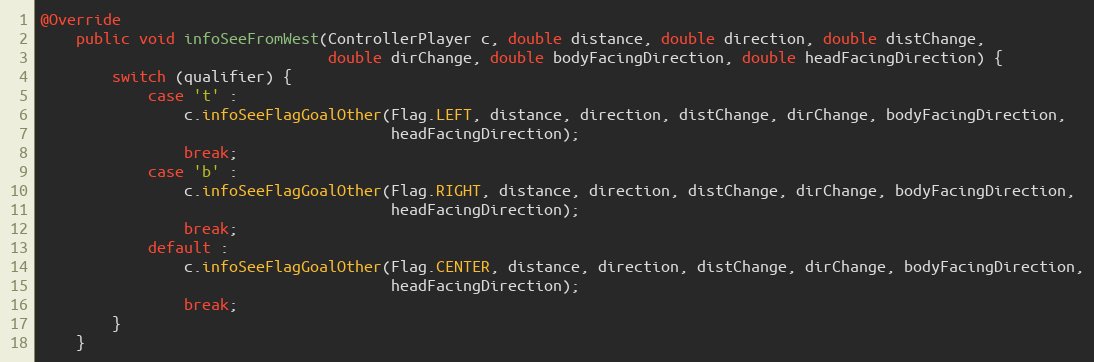
Language: Java
@Override
    public void infoSeeFromWest(ControllerPlayer c, double distance, double direction, double distChange,
                                double dirChange, double bodyFacingDirection, double headFacingDirection) {
        switch (qualifier) {
            case 't' :
                c.infoSeeFlagGoalOther(Flag.LEFT, distance, direction, distChange, dirChange, bodyFacingDirection,
                                       headFacingDirection);
                break;
            case 'b' :
                c.infoSeeFlagGoalOther(Flag.RIGHT, distance, direction, distChange, dirChange, bodyFacingDirection,
                                       headFacingDirection);
                break;
            default :
                c.infoSeeFlagGoalOther(Flag.CENTER, distance, direction, distChange, dirChange, bodyFacingDirection,
                                       headFacingDirection);
                break;
        }
    }